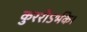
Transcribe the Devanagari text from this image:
कुररोऽर्भके।